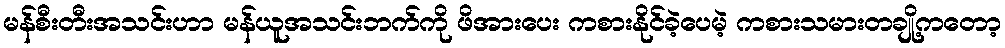
မန်စီးတီးအသင်းဟာ မန်ယူအသင်းဘက်ကို ဖိအားပေး ကစားနိုင်ခဲ့ပေမဲ့ ကစားသမားတချို့ကတော့